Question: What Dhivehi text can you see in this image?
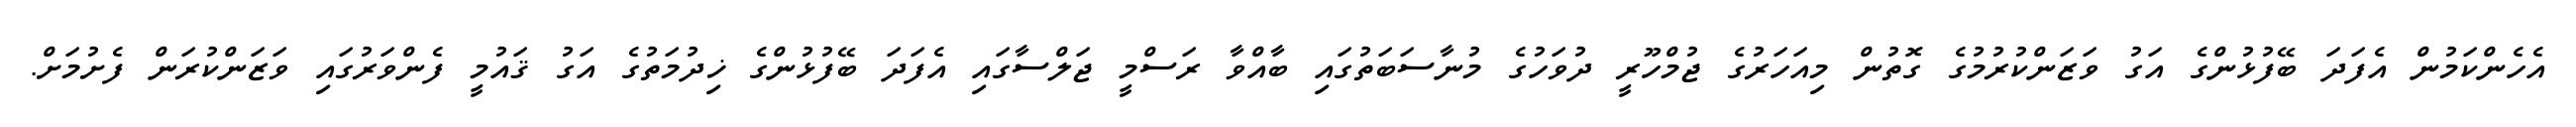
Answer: އެހެންކަމުން އެފަދަ ބޭފުޅުންގެ އަގު ވަޒަންކުރުމުގެ ގޮތުން މިއަހަރުގެ ޖުމްހޫރީ ދުވަހުގެ މުނާސަބަތުގައި ބާއްވާ ރަސްމީ ޖަލްސާގައި އެފަދަ ބޭފުޅުންގެ ޚިދުމަތުގެ އަގު ޤައުމީ ފެންވަރުގައި ވަޒަންކުރަން ފެށުމަށް.